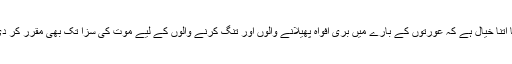
اللہ تعالیٰ کو تو خواتین کی عزت و ناموس کا اتنا خیال ہے کہ عورتوں کے بارے میں بُری افواہ پھیلانے والوں اور تنگ کرنے والوں کے لیے موت کی سزا تک بھی مقرر کر دی ہے، جیسا کہ درج ذیل آیات میں درج ہے۔